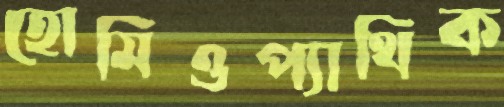
হোমিওপ্যাথিক